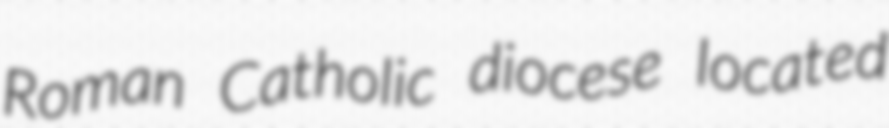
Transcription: Roman Catholic diocese located